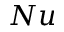
N u